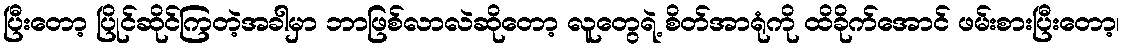
ပြီးတော့ ပြိုင်ဆိုင်ကြတဲ့အခါမှာ ဘာဖြစ်လာလဲဆိုတော့ လူတွေရဲ့ စိတ်အာရုံကို ထိခိုက်အောင် ဖမ်းစားပြီးတော့၊